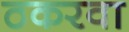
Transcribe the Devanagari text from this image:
ठकरवा